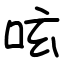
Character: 呟